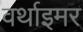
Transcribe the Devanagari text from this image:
वर्थाइमर